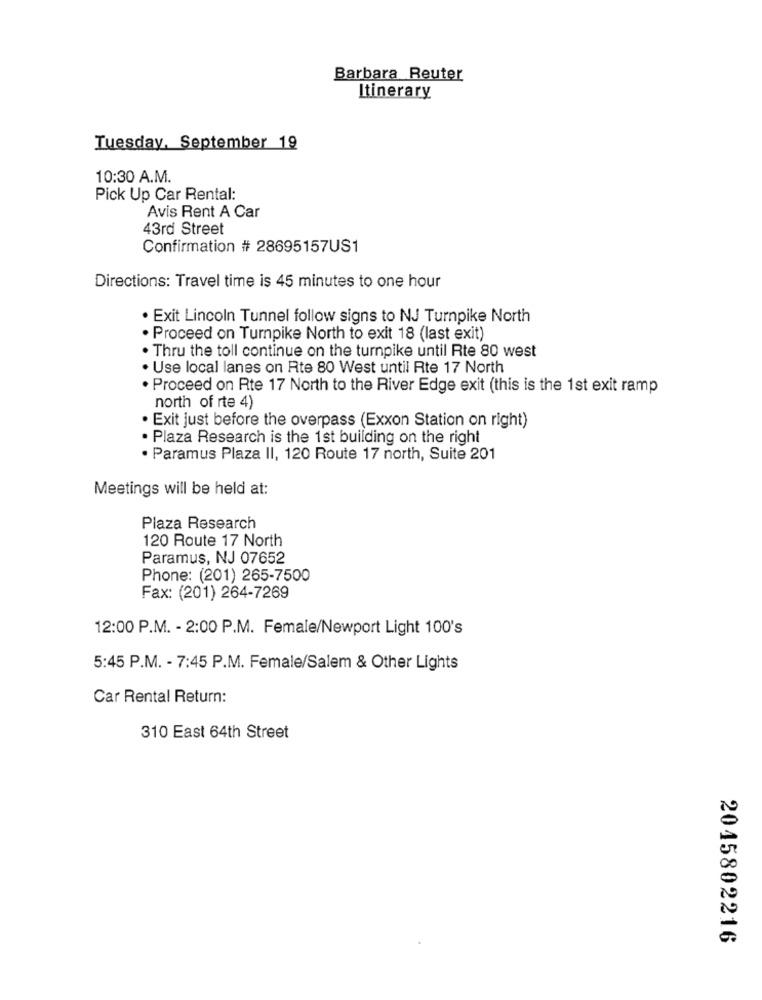
Barbara Reuter
Itinerary
Tuesday, September 19
10:30 A.M.
Pick Up Car Rental:
Avis Rent A Car
43rd Street
Confirmation # 28695157US1
Directions: Travel time is 45 minutes to one hour
. Exit Lincoln Tunnel follow signs to NJ Turnpike North
. Proceed on Turnpike North to exit 18 (last exit)
· Thru the toll continue on the turnpike until Rte 80 west
. Use local lanes on Rte 80 West until Rte 17 North
. Proceed on Rte 17 North to the River Edge exit (this is the 1st exit ramp
north of rte 4)
. Exit just before the overpass (Exxon Station on right)
· Plaza Research is the 1st building on the right
· Paramus Plaza II, 120 Route 17 north, Suite 201
Meetings will be held at:
Plaza Research
120 Route 17 North
Paramus, NJ 07652
Phone: (201) 265-7500
Fax: (201) 264-7269
12:00 P.M. - 2:00 P.M. Female/Newport Light 100's
5:45 P.M. - 7:45 P.M. Female/Salem & Other Lights
Car Rental Return:
310 East 64th Street
2045802216